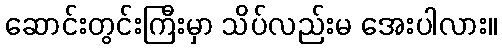
ဆောင်းတွင်းကြီးမှာ သိပ်လည်းမ အေးပါလား။